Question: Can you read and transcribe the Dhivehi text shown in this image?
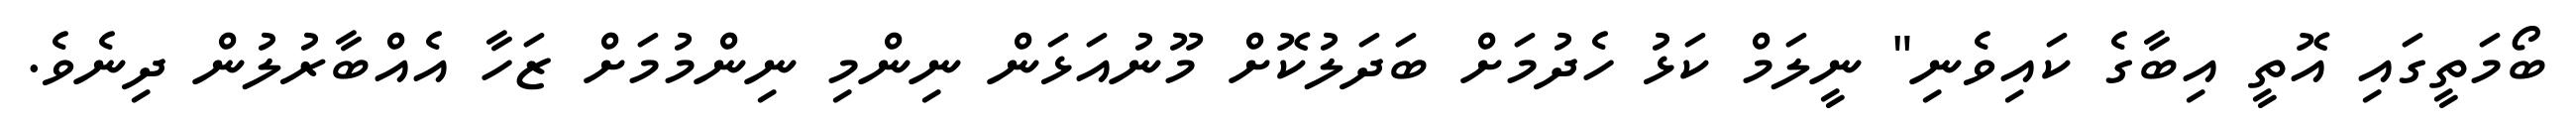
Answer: ބޯމަތީގައި އޮތީ އިބާގެ ކައިވެނި" ނީލަމް ކަޅު ހެދުމަށް ބަދަލުކޮށް މޫނުއަޅަން ނިންމި ނިންމުމަށް ޒަހާ އެއްބާރުލުން ދިނެވެ.